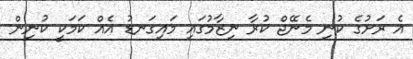
އެ ރަށުގެ ކުނި މެނޭޖް ކުރާ ނިޒާމުގައި މައިގަނޑު އެއް ކަމަކީ ކުނިން